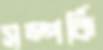
সম্পর্কি